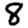
Digit: 8